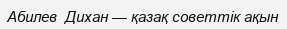
Абилев  Дихан — қазақ советтік ақын